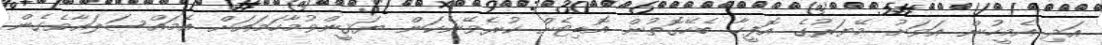
އަދި އެމީހުން އަވަށު މޭޔަރުގެ އޮފީހާ ބެހޭގޮތުން އޮޑިޓެށް ކުރެވޭނެކަން ޔަޤީންވުމާހަމައަށް އެމައްސަލައާވެގެން